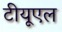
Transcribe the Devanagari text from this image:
टीयूएल